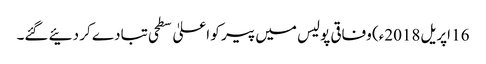
16 اپریل2018ء) وفاقی پولیس میں پیر کو اعلیٰ سطحی تبادے کر دئیے گئے۔